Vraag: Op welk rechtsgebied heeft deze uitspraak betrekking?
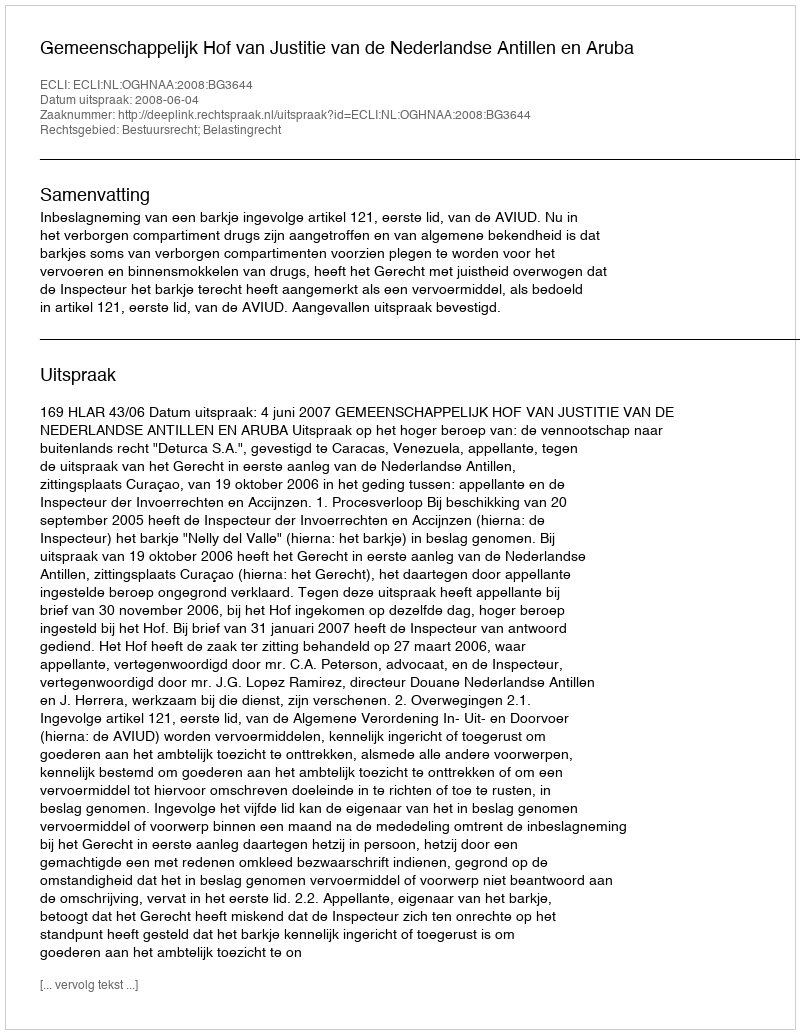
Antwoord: Bestuursrecht; Belastingrecht